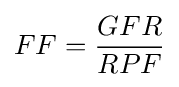
FF={\frac {GFR}{RPF}}